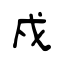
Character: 戍